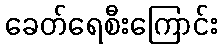
ခေတ်ရေစီးကြောင်း